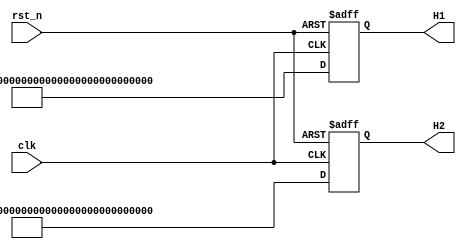
module H_matrix(  
		input 				clk,
		input				 rst_n,
		output wire [161:0] H1,//H 8913 H0
		output wire [161:0] H2
/* 		output wire [17:0] H3,
		output wire [17:0] H4,
		output wire [17:0] H5,
		output wire [17:0] H6,
		output wire [17:0] H7,
		output wire [17:0] H8,
		output wire [17:0] H9,
		output wire [17:0] H10,
		output wire [17:0] H11,
		output wire [26:0] H12,
		output wire [17:0] H13,
		output wire [17:0] H14,
		output wire [17:0] H15,
		output wire [17:0] H16 */
	);
	
reg [161:0] H1_r;
reg [161:0] H2_r;
/* reg [17:0] H3_r;
reg [17:0] H4_r;	
reg [17:0] H5_r;
reg [17:0] H6_r;
reg [17:0] H7_r;
reg [17:0] H8_r;	
reg [17:0] H9_r;
reg [17:0] H10_r;
reg [17:0] H11_r;
reg [26:0] H12_r;	
reg [17:0] H13_r;
reg [17:0] H14_r;
reg [17:0] H15_r;
reg [17:0] H16_r;	 */	

assign H1=H1_r;
assign H2=H2_r;
/* assign H3=H3_r;
assign H4=H4_r;
assign H5=H5_r;
assign H6=H6_r;
assign H7=H7_r;
assign H8=H8_r;
assign H9=H9_r;
assign H10=H10_r;
assign H11=H11_r;
assign H12=H12_r;
assign H13=H13_r;
assign H14=H14_r;
assign H15=H15_r;
assign H16=H16_r; */

//assign  H1_r={8'b0,8'b0,8'b0,8'b0,8'b0,8'b0,8'b0,8'b0,8'b0,8'b0,8'b0,8'b0,8'b0,8'b0,8'b0,8'b0,8'b0,8'b0,8'b0,8'b0,8'b0,8'b0,8'b0,8'b0,8'b0,8'b0,8'b0,8'b0,8'b0,8'b0,8'b0,8'b0};
//assign  H2_r={8'b0,8'b0,8'b0,8'b0,8'b0,8'b0,8'b0,8'b0,8'b0,8'b0,8'b0,8'b0,8'b0,8'b0,8'b0,8'b0,8'b0,8'b0,8'b0,8'b0,8'b0,8'b0,8'b0,8'b0,8'b0,8'b0,8'b0,8'b0,8'b0,8'b0,8'b0,8'b0};
//assign  H3_r={8'b0,8'b0,8'b0,8'b0,8'b0,8'b0,8'b0,8'b0,8'b0,8'b0,8'b0,8'b0,8'b0,8'b0,8'b0,8'b0,8'b0,8'b0,8'b0,8'b0,8'b0,8'b0,8'b0,8'b0,8'b0,8'b0,8'b0,8'b0,8'b0,8'b0,8'b0,8'b0};
//assign  H4_r={8'b0,8'b0,8'b0,8'b0,8'b0,8'b0,8'b0,8'b0,8'b0,8'b0,8'b0,8'b0,8'b0,8'b0,8'b0,8'b0,8'b0,8'b0,8'b0,8'b0,8'b0,8'b0,8'b0,8'b0,8'b0,8'b0,8'b0,8'b0,8'b0,8'b0,8'b0,8'b0};

always@(posedge clk or negedge rst_n)begin
	if(!rst_n)begin
		H1_r<=0;
		H2_r<=0;
/* 		H3_r<=0;
		H4_r<=0;
		H5_r<=0;
		H6_r<=0;
		H7_r<=0;
		H8_r<=0;
		H9_r<=0;
		H10_r<=0;
		H11_r<=0;
		H12_r<=0;
		H13_r<=0;
		H14_r<=0;
		H15_r<=0;
		H16_r<=0; */
		
	end
	else begin																	
            H1_r<={9'd110,9'd167,9'd128,9'd332,9'd90,9'd487,9'd218,9'd69,9'd52,9'd21,9'd474,9'd465,9'd310,9'd501,9'd151,9'd10,9'd0,9'd122};
            H2_r<={9'd32,9'd134,9'd219,9'd394,9'd91,9'd463,9'd179,9'd213,9'd329,9'd447,9'd175,9'd511,9'd16,9'd54,9'd143,9'd370,9'd367,9'd381};
																					
 /*            H3_r<={9'd0,9'd0};
            H4_r<={9'd485,9'd85};
			H5_r<={9'd277,9'd389};
            H6_r<={9'd416,9'd16};
            H7_r<={9'd0,9'd416};
            H8_r<={9'd0,9'd53};
			H9_r<={9'd0,9'd0};
            H10_r<={9'd432,9'd32};
            H11_r<={9'd0,9'd160};
            H12_r<={9'd368,9'd123,9'd480};//123+480
			H13_r<={9'd368,9'd480};
            H14_r<={9'd0,9'd0};
            H15_r<={9'd0,9'd0};
            H16_r<={9'd0,9'd0}; */
        end
end
endmodule